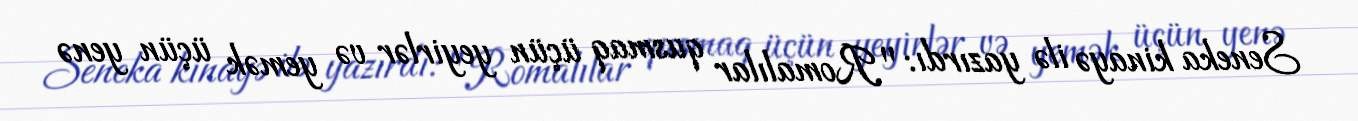
Seneka kinayə ilə yazırdı: "Romalılar qusmaq üçün yeyirlər və yemək üçün yenə